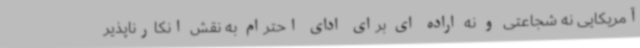
آمریکایی نه شجاعتی و نه اراده ای برای ادای احترام به نقش انکارناپذیر